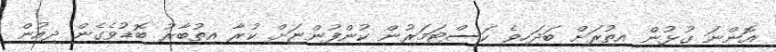
އޮންނަ ގުޅުން އިތުރަށް ބަދަހިވެ ކަސްޓަމަރުން ކުންފުންޏަށް ކުރާ އިތުބާރު ބޮޑުވެގެން ދިއުން